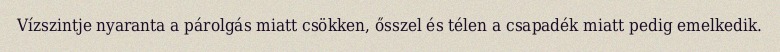
Vízszintje nyaranta a párolgás miatt csökken, ősszel és télen a csapadék miatt pedig emelkedik.